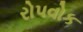
રોપવોક